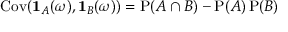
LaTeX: \operatorname { C o v } ( \mathbf { 1 } _ { A } ( \omega ) , \mathbf { 1 } _ { B } ( \omega ) ) = \operatorname { P } ( A \cap B ) - \operatorname { P } ( A ) \operatorname { P } ( B )